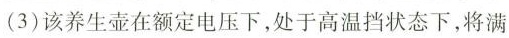
(3)该养生壶在额定电压下，处于高温档状态下，将满